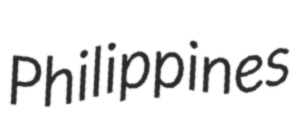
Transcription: Philippines